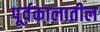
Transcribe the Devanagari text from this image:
पूर्वकालातील